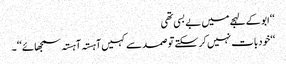
‘‘ ابو کے لہجے میں بے بسی تھی
‘‘خود بات نہیں کر سکتے تو صمد سے کہیں آہستہ آہستہ سمجھائے ‘‘ ۔